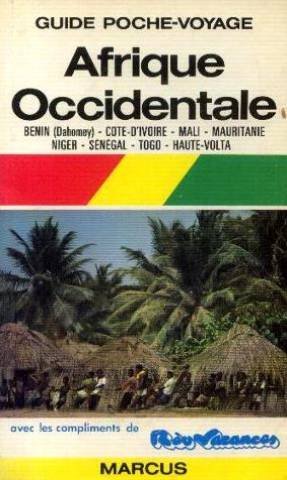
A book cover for Afrique occidentale: Cote d'Ivoire, Dahomey, Mali, Mauritanie (Poche-voyage Marcus) (French Edition); Collectif; Travel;